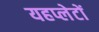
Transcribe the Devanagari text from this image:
यहप्लेटों